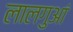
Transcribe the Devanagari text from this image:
लालगुआं